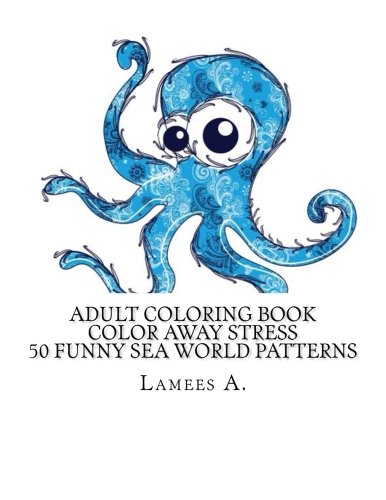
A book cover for Adult Coloring Book: Color Away Stress  50 Funny Sea World Patterns (Adult Coloring Books); Lamees A.; Religion & Spirituality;